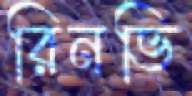
রিনভি